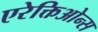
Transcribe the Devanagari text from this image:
एरेक्तिओन्स